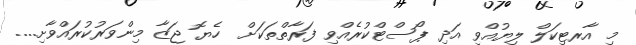
މި އާރޓިކަލް ލިޔުއްވި އަދި ޕޯސްޓްކުރެއްވި ފަރާތްތަކަށް  ހެޔޮ ޖަޒާ މިންވަރުކުރައްވާށި....